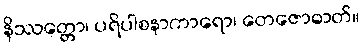
နိဿတ္တော၊ ပရိပါစနာကာရော၊ တေဇောဓာတ်။